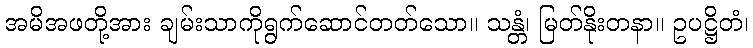
အမိအဖတို့အား ချမ်းသာကိုရွက်ဆောင်တတ်သော။ သန္တံ၊ မြတ်နိုးတနာ။ ဥပဋ္ဌိတံ၊